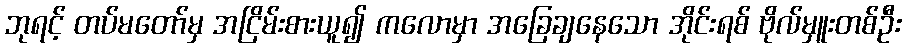
ဘုရင့် တပ်မတော်မှ အငြိမ်းစားယူ၍ ကလောမှာ အခြေချနေသော အိုင်းရစ် ဗိုလ်မှူးတစ်ဦး